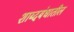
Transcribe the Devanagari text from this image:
शाब्दबंधातील